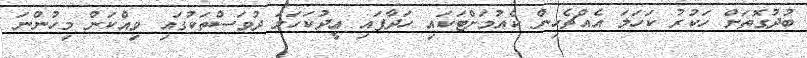
ބުދުގޮތަށް ހަކުރު ކަހަލަ އެއްޗެހިން ކެއުމަށްޓަކައި ހަދާފައި ޢީދުކަހަލަ ދުވަސްތަކުގައި ވިއްކަން މިހުންނަ